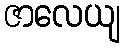
ဇာလေယျ